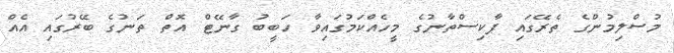
މުސްލިމުންގެ ތެރޭގައި ޕާކިސްތާނުގެ މީހެއްކަމުގައިވާ ހަބީބު ގާނޭޓް އޮތް ތަނުގެ ބޭރުގައި އެއް